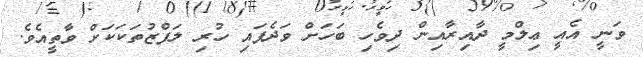
ވަނީ އެއީ ޢިލްމީ ދާއިރާއިން ދިވެހި ބަހަށް ވަދެފައި ހުރި ލަފްޒުތަކަކަށް ވާތީއެވެ.